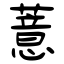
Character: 薏